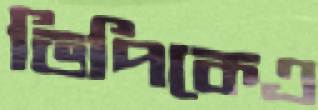
ভিপিকেএ